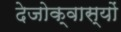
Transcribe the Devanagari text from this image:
देजोक्वास्यों